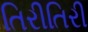
તિરીતિરી